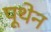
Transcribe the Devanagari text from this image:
पूथेन